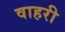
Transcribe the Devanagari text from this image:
वाहरी